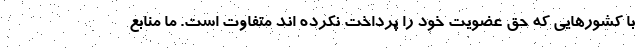
با کشورهایی که حق عضویت خود را پرداخت نکرده اند متفاوت است. ما منابع